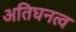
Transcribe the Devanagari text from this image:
अतिघनत्व